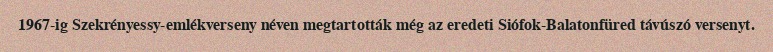
1967-ig Szekrényessy-emlékverseny néven megtartották még az eredeti Siófok-Balatonfüred távúszó versenyt.